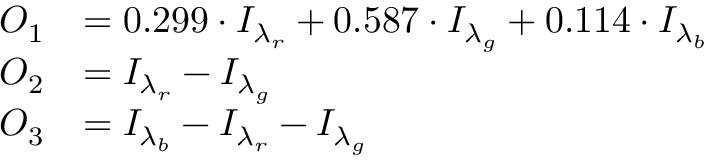
\begin{array} { r l } { O _ { 1 } } & { = 0 . 2 9 9 \cdot I _ { \lambda _ { r } } + 0 . 5 8 7 \cdot I _ { \lambda _ { g } } + 0 . 1 1 4 \cdot I _ { \lambda _ { b } } } \\ { O _ { 2 } } & { = I _ { \lambda _ { r } } - I _ { \lambda _ { g } } } \\ { O _ { 3 } } & { = I _ { \lambda _ { b } } - I _ { \lambda _ { r } } - I _ { \lambda _ { g } } } \end{array}